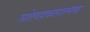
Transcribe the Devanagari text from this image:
सोलहकलात्मक